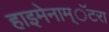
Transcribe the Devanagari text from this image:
हाइमेनाम्‌ॅटरा